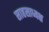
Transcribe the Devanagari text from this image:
साहसाध्यक्ष